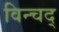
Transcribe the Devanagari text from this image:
विन्चद्